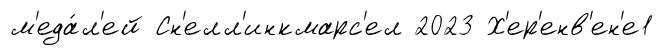
м'еда́л'ей Сн'елл'инкмарс'ел 2023 Х'ер'енв'ен'е1